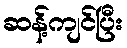
ဆန့်ကျင်ပြီး